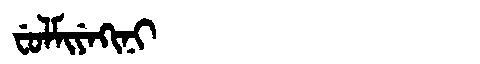
Manchu: ᠸᡠᠯᠮᡳᠶᡝᡴᡳᠨᡳ
Romanization: FULMIYEKINI